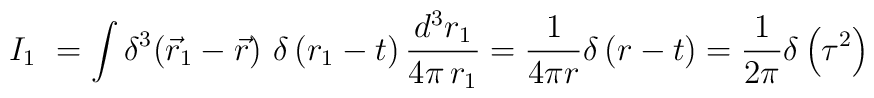
I_{1}\ = \int \delta^{3}\!\left({\vec{r}_{1} -\vec r}\right)\,\delta \left(r_{1}-t\right)\frac{d^{3}r_{1}}{4\pi\,r_{1}} =\frac{1}{4\pi r}\delta\left(r-t\right)=\frac{1}{2\pi}\delta\left(\tau^2\right)